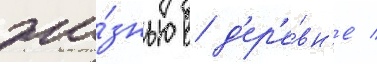
жи́знью в д'ер'е́вн'е /